Vaccination in Bombay 1902-1912 - 1902-1912
Year: 1902
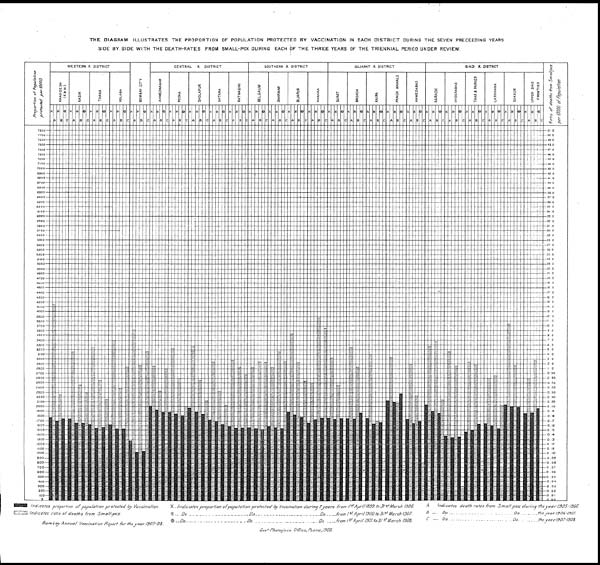
THE DIAGRAM ILLUSTRATES THE PROPORTION OF POPULATION PROTECTED BY VACCINATION IN EACH DISTRICT DURING THE SEVEN PRECEEDING YEARS
SIDE BY SIDE WITH THE DEATH-RATES FROM SMALL-POX DURING EACH OF THE THREE YEARS OF THE TRIENNIAL PERIOD UNDER REVIEW.